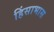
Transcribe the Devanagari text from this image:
हिंसाभास